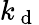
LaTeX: k_{\mathrm{~d~}}